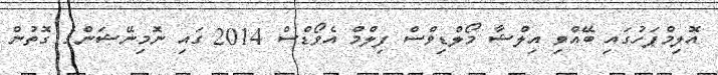
އޮލިމްޕަހުގައި ބޭއްވި އިލްޝާ މޯލްޑިވްސް ފިލްމް އެވޯޑްސް 2014 ގައި ނޮމިނޭޝަންގެ ގޮތުން